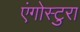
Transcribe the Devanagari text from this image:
एंगोस्टुरा